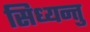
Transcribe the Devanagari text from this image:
सिध्यन्तु